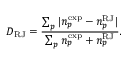
{ \cal D } _ { \mathrm { R J } } = \frac { \sum _ { p } | n _ { p } ^ { \mathrm { e x p } } - n _ { p } ^ { \mathrm { R J } } | } { \sum _ { p } n _ { p } ^ { \mathrm { e x p } } + n _ { p } ^ { \mathrm { R J } } } .